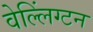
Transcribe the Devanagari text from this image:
वेल्लिंग्टन